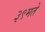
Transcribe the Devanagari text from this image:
३९मते